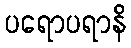
ပရောပရာနိ